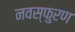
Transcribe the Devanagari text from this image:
नवस्फुरण